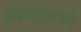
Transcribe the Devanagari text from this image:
झ्वेज्दामध्ये